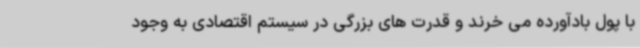
با پول بادآورده می خرند و قدرت های بزرگی در سیستم اقتصادی به وجود